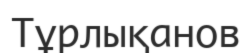
Тұрлықанов